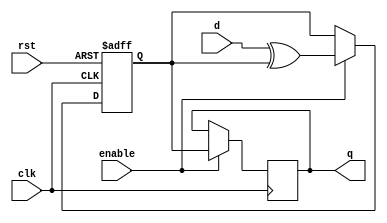
module T_latch (
    input wire clk,
    input wire rst,
    input wire enable,
    input wire d,
    output reg q
);

reg t;

always @(posedge clk or posedge rst) begin
    if (rst) begin
        t <= 1'b0;
    end else if (enable) begin
        t <= d ^ t;
    end
end

always @(posedge clk) begin
    if (enable) begin
        q <= t;
    end
end

endmodule